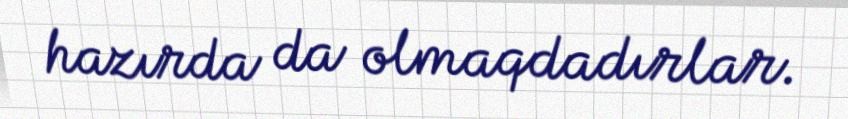
hazırda da olmaqdadırlar.